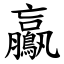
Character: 鸁